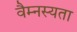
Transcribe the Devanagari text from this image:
वैम्नस्यता